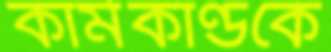
কার্মকাণ্ডকে